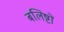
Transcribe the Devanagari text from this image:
बलिष्टों